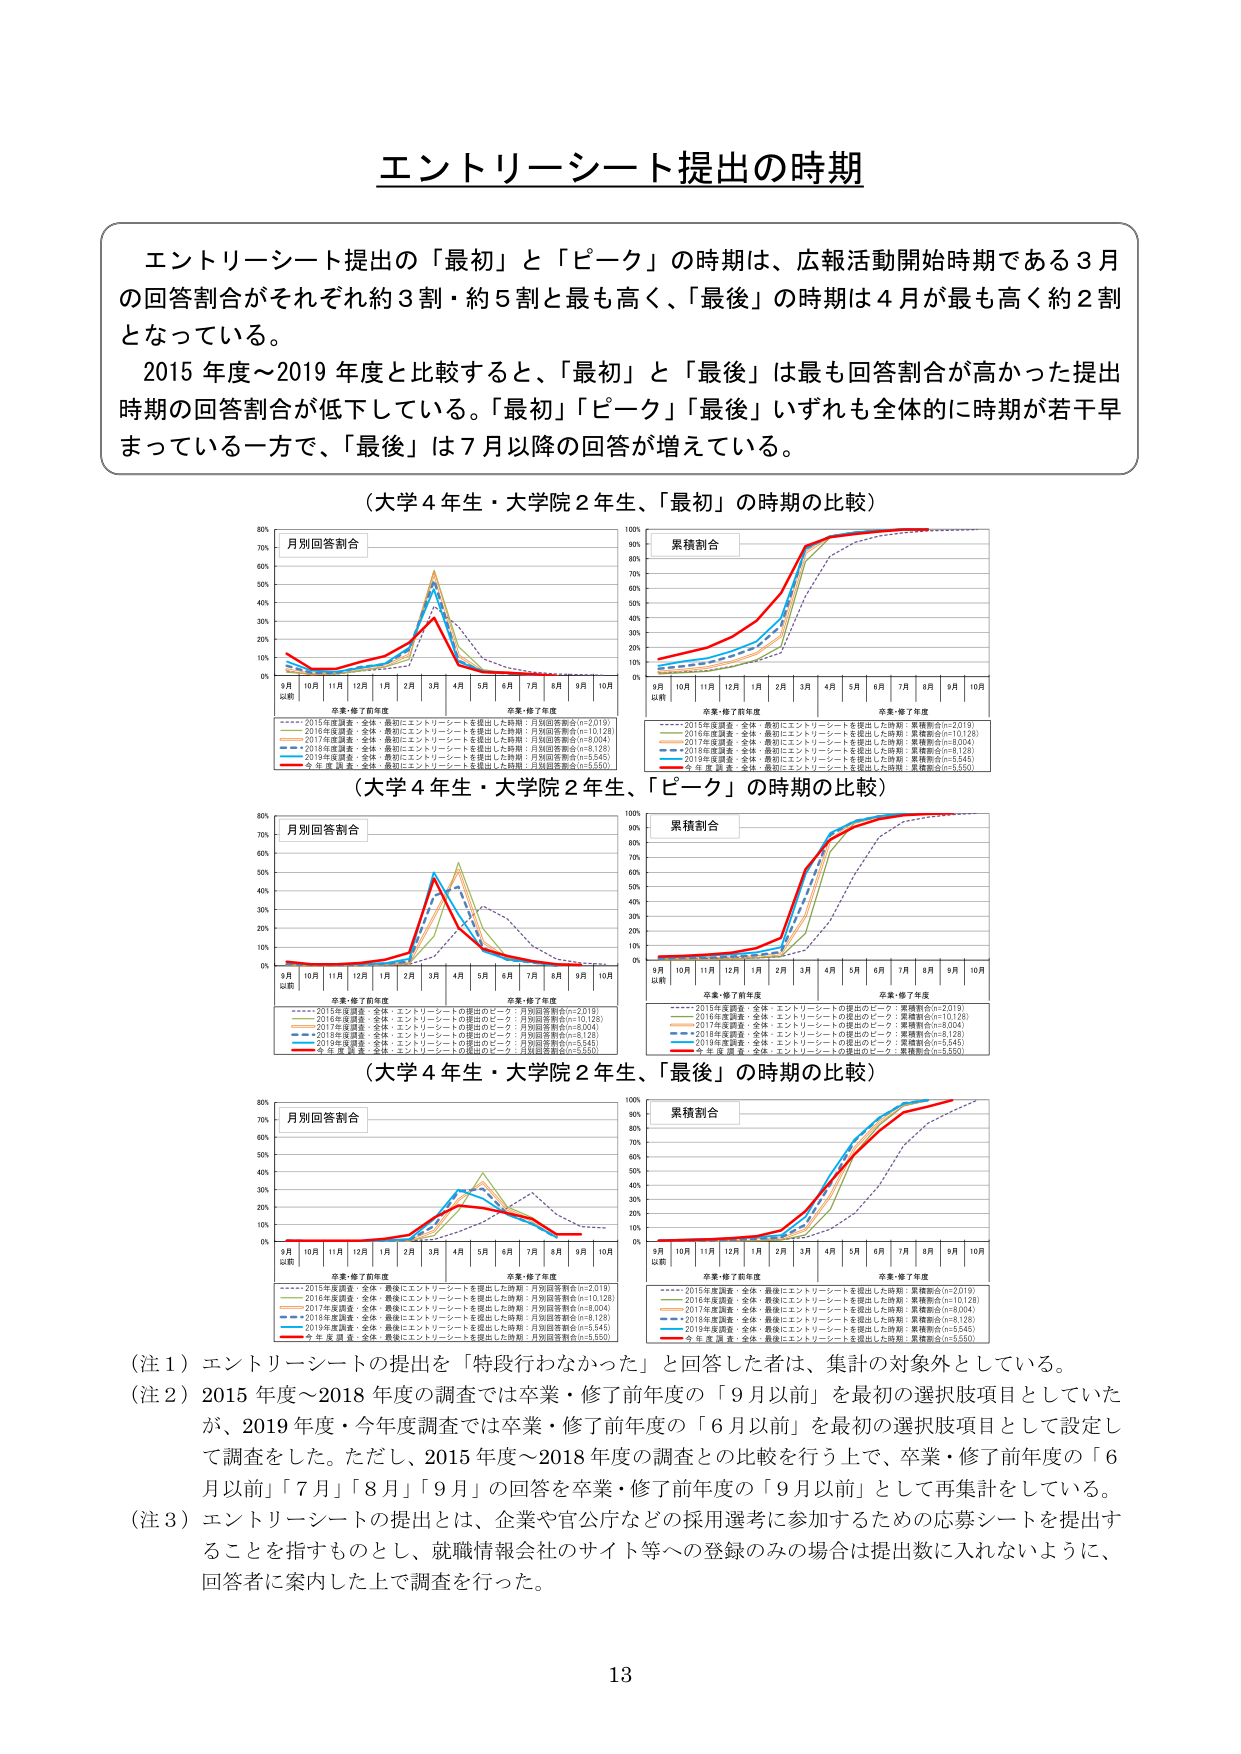
エントリーシート提出の時期

エントリーシート提出の「最初」と「ピーク」の時期は、広報活動開始時期である3月の回答割合がそれぞれ約3割・約5割と最も高く、「最後」の時期は4月が最も高く約2割となっている。

2015年度～2019年度と比較すると、「最初」と「最後」は最も回答割合が高かった提出時期の回答割合が低下している。「最初」「ピーク」「最後」いずれも全体的に時期が若干早まっている一方で、「最後」は7月以降の回答が増えている。

（大学4年生・大学院2年生、「最初」の時期の比較）

月別回答割合
累積割合

9月以前 10月 11月 12月 1月 2月 3月 4月 5月 6月 7月 8月 9月 10月
卒業・修了前年度 卒業・修了年度

2015年度調査：全体・最初にエントリーシートを提出した時期：月別回答割合(n=2,019)
2016年度調査：全体・最初にエントリーシートを提出した時期：月別回答割合(n=10,128)
2017年度調査：全体・最初にエントリーシートを提出した時期：月別回答割合(n=8,004)
2018年度調査：全体・最初にエントリーシートを提出した時期：月別回答割合(n=8,128)
2019年度調査：全体・最初にエントリーシートを提出した時期：月別回答割合(n=5,545)
今年度調査：全体・最初にエントリーシートを提出した時期：月別回答割合(n=5,550)

9月以前 10月 11月 12月 1月 2月 3月 4月 5月 6月 7月 8月 9月 10月
卒業・修了前年度 卒業・修了年度

2015年度調査：全体・最初にエントリーシートを提出した時期：累積割合(n=2,019)
2016年度調査：全体・最初にエントリーシートを提出した時期：累積割合(n=10,128)
2017年度調査：全体・最初にエントリーシートを提出した時期：累積割合(n=8,004)
2018年度調査：全体・最初にエントリーシートを提出した時期：累積割合(n=8,128)
2019年度調査：全体・最初にエントリーシートを提出した時期：累積割合(n=5,545)
今年度調査：全体・最初にエントリーシートを提出した時期：累積割合(n=5,550)

（大学4年生・大学院2年生、「ピーク」の時期の比較）

月別回答割合
累積割合

9月以前 10月 11月 12月 1月 2月 3月 4月 5月 6月 7月 8月 9月 10月
卒業・修了前年度 卒業・修了年度

2015年度調査：全体・エントリーシートの提出のピーク：月別回答割合(n=2,019)
2016年度調査：全体・エントリーシートの提出のピーク：月別回答割合(n=10,128)
2017年度調査：全体・エントリーシートの提出のピーク：月別回答割合(n=8,004)
2018年度調査：全体・エントリーシートの提出のピーク：月別回答割合(n=8,128)
2019年度調査：全体・エントリーシートの提出のピーク：月別回答割合(n=5,545)
今年度調査：全体・エントリーシートの提出のピーク：月別回答割合(n=5,550)

9月以前 10月 11月 12月 1月 2月 3月 4月 5月 6月 7月 8月 9月 10月
卒業・修了前年度 卒業・修了年度

2015年度調査：全体・エントリーシートの提出のピーク：累積割合(n=2,019)
2016年度調査：全体・エントリーシートの提出のピーク：累積割合(n=10,128)
2017年度調査：全体・エントリーシートの提出のピーク：累積割合(n=8,004)
2018年度調査：全体・エントリーシートの提出のピーク：累積割合(n=8,128)
2019年度調査：全体・エントリーシートの提出のピーク：累積割合(n=5,545)
今年度調査：全体・エントリーシートの提出のピーク：累積割合(n=5,550)

（大学4年生・大学院2年生、「最後」の時期の比較）

月別回答割合
累積割合

9月以前 10月 11月 12月 1月 2月 3月 4月 5月 6月 7月 8月 9月 10月
卒業・修了前年度 卒業・修了年度

2015年度調査：全体・最後にエントリーシートを提出した時期：月別回答割合(n=2,019)
2016年度調査：全体・最後にエントリーシートを提出した時期：月別回答割合(n=10,128)
2017年度調査：全体・最後にエントリーシートを提出した時期：月別回答割合(n=8,004)
2018年度調査：全体・最後にエントリーシートを提出した時期：月別回答割合(n=8,128)
2019年度調査：全体・最後にエントリーシートを提出した時期：月別回答割合(n=5,545)
今年度調査：全体・最後にエントリーシートを提出した時期：月別回答割合(n=5,550)

9月以前 10月 11月 12月 1月 2月 3月 4月 5月 6月 7月 8月 9月 10月
卒業・修了前年度 卒業・修了年度

2015年度調査：全体・最後にエントリーシートを提出した時期：累積割合(n=2,019)
2016年度調査：全体・最後にエントリーシートを提出した時期：累積割合(n=10,128)
2017年度調査：全体・最後にエントリーシートを提出した時期：累積割合(n=8,004)
2018年度調査：全体・最後にエントリーシートを提出した時期：累積割合(n=8,128)
2019年度調査：全体・最後にエントリーシートを提出した時期：累積割合(n=5,545)
今年度調査：全体・最後にエントリーシートを提出した時期：累積割合(n=5,550)

（注1）エントリーシートの提出を「特段行わなかった」と回答した者は、集計の対象外としている。

（注2）2015年度～2018年度の調査では卒業・修了前年度の「9月以前」を最初の選択肢項目としていたが、2019年度・今年度調査では卒業・修了前年度の「6月以前」を最初の選択肢項目として設定して調査をした。ただし、2015年度～2018年度の調査との比較を行う上で、卒業・修了前年度の「6月以前」「7月」「8月」「9月」の回答を卒業・修了前年度の「9月以前」として再集計している。

（注3）エントリーシートの提出とは、企業や官公庁などの採用選考に参加するための応募シートを提出することを指すものとし、就職情報会社のサイト等への登録のみの場合は提出数に入れないように、回答者に案内した上で調査を行った。

13